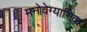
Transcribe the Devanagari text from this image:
मनोवेग्यानिक